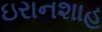
ઇરાનશાહ